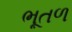
ભૂતળ